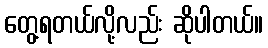
တွေ့ရတယ်လို့လည်း ဆိုပါတယ်။